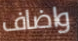
واضاف